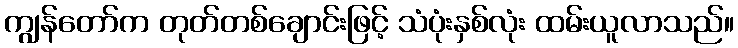
ကျွန်တော်က တုတ်တစ်ချောင်းဖြင့် သံပုံးနှစ်လုံး ထမ်းယူလာသည်။